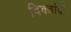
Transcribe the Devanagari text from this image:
दिक्तांदी